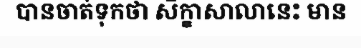
បានចាត់ទុកថា សិក្ខាសាលានេះ មាន